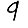
Digit: 9